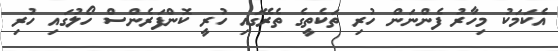
އެކަމަކު މިހާރު ފެންނަން ހުރި ތަކެތީގެ ތެރޭގައި ހުރީ ކޮންފަރެންސް ހޯލުގައި ހުރި